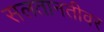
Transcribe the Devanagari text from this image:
सलतानतीवर